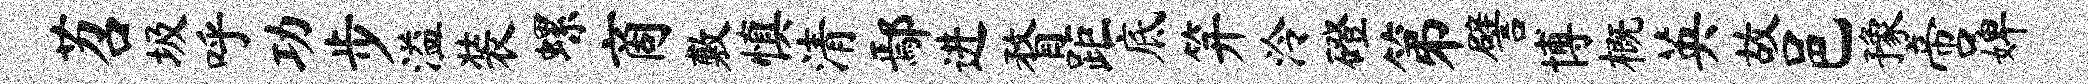
苕圾呼功步溢装螺商敷慎清鄢进瞀距底笄泠磴第譬博概英故邑豫啻婢